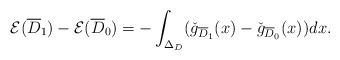
LaTeX: \begin{align*}\mathcal{E}(\overline{D}_1)-\mathcal{E}(\overline{D}_0)=-\int_{\Delta_D}(\check{g}_{\overline{D}_1}(x)-\check{g}_{\overline{D}_0}(x))dx.\end{align*}